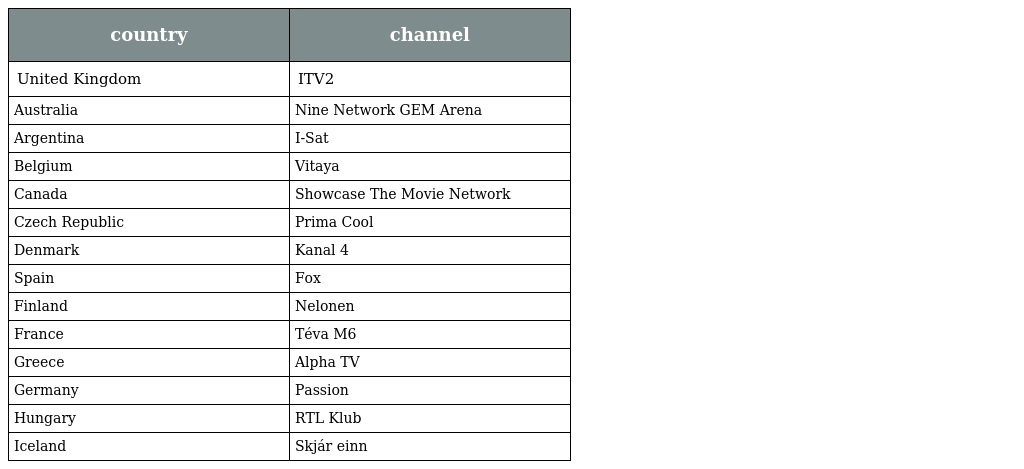
| country | channel |
 | --- | --- |
 | United Kingdom | ITV2 |
 | Australia | Nine Network GEM Arena |
 | Argentina | I-Sat |
 | Belgium | Vitaya |
 | Canada | Showcase The Movie Network |
 | Czech Republic | Prima Cool |
 | Denmark | Kanal 4 |
 | Spain | Fox |
 | Finland | Nelonen |
 | France | Téva M6 |
 | Greece | Alpha TV |
 | Germany | Passion |
 | Hungary | RTL Klub |
 | Iceland | Skjár einn |